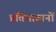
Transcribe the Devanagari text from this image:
प्रतिभावानों